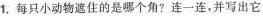
1.每只小动物遮住的是哪个角？连一连，并写出它